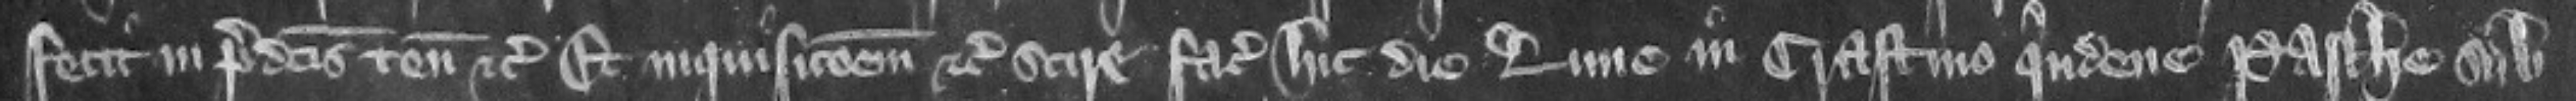
fecit in predictis tenementis etc. Et inquisicionem etc. scire faciat hic die Lune in crastino quindene Pasche sub